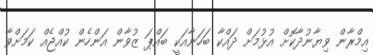
އިމްރާން ވިޔާނުދާކޮށް އުޅުމަށް ދައްކާ ބަހަނާއަކީ ބައްޕަ ޒުވާން އަންހެން ކުއްޖެއް ކަމަށްވާ